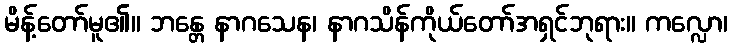
မိန့်တော်မူ၏။ ဘန္တေ နာဂသေန၊ နာဂသိန်ကိုယ်တော်အရှင်ဘုရား။ ကလ္လော၊